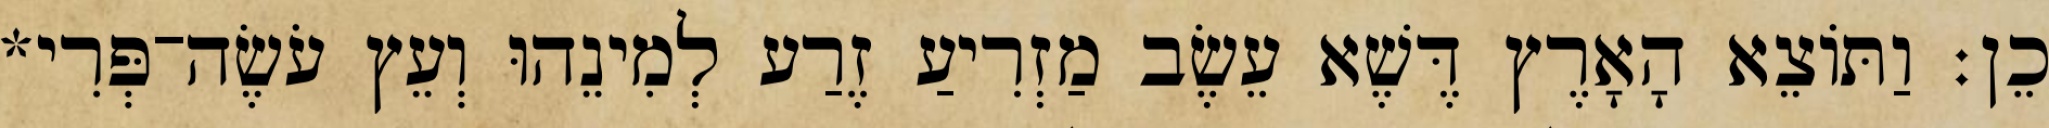
כֵן׃ וַתֹּוצֵא הָאָרֶץ דֶּשֶׁא עֵשֶׂב מַזְרִיעַ זֶרַע לְמִינֵהוּ וְעֵץ עֹשֶׂה־פְּרִי*